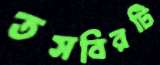
তসবিরটি